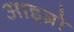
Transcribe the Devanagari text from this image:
आइब्रो